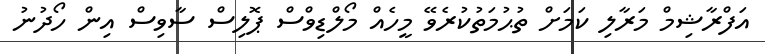
އަފްރާޝިމް މަރާލި ކަމަށް ތުޙުމަތުކުރެވޭ މީހެއް މޯލްޑިވްސް ޕޮލިސް ސާވިސް އިން ހޯދުނު